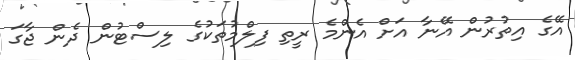
އޭގެ އިތުރުން އޭނާ އަށް އެންމެ ރީތި ފިލްމުތަކުގެ ލިސްޓުން ދެން ޖާގަ